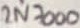
Text: 2N7000